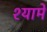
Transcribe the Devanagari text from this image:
श्यामे